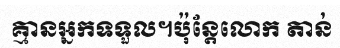
គ្មានអ្នកទទួល។ប៉ុន្តែលោក តាន់